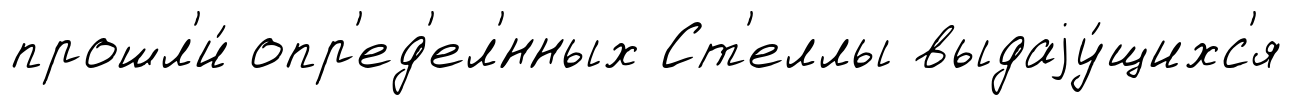
прошл'и́ опр'ед'ел'́нных Ст'еллы выдаjу́щихс'я